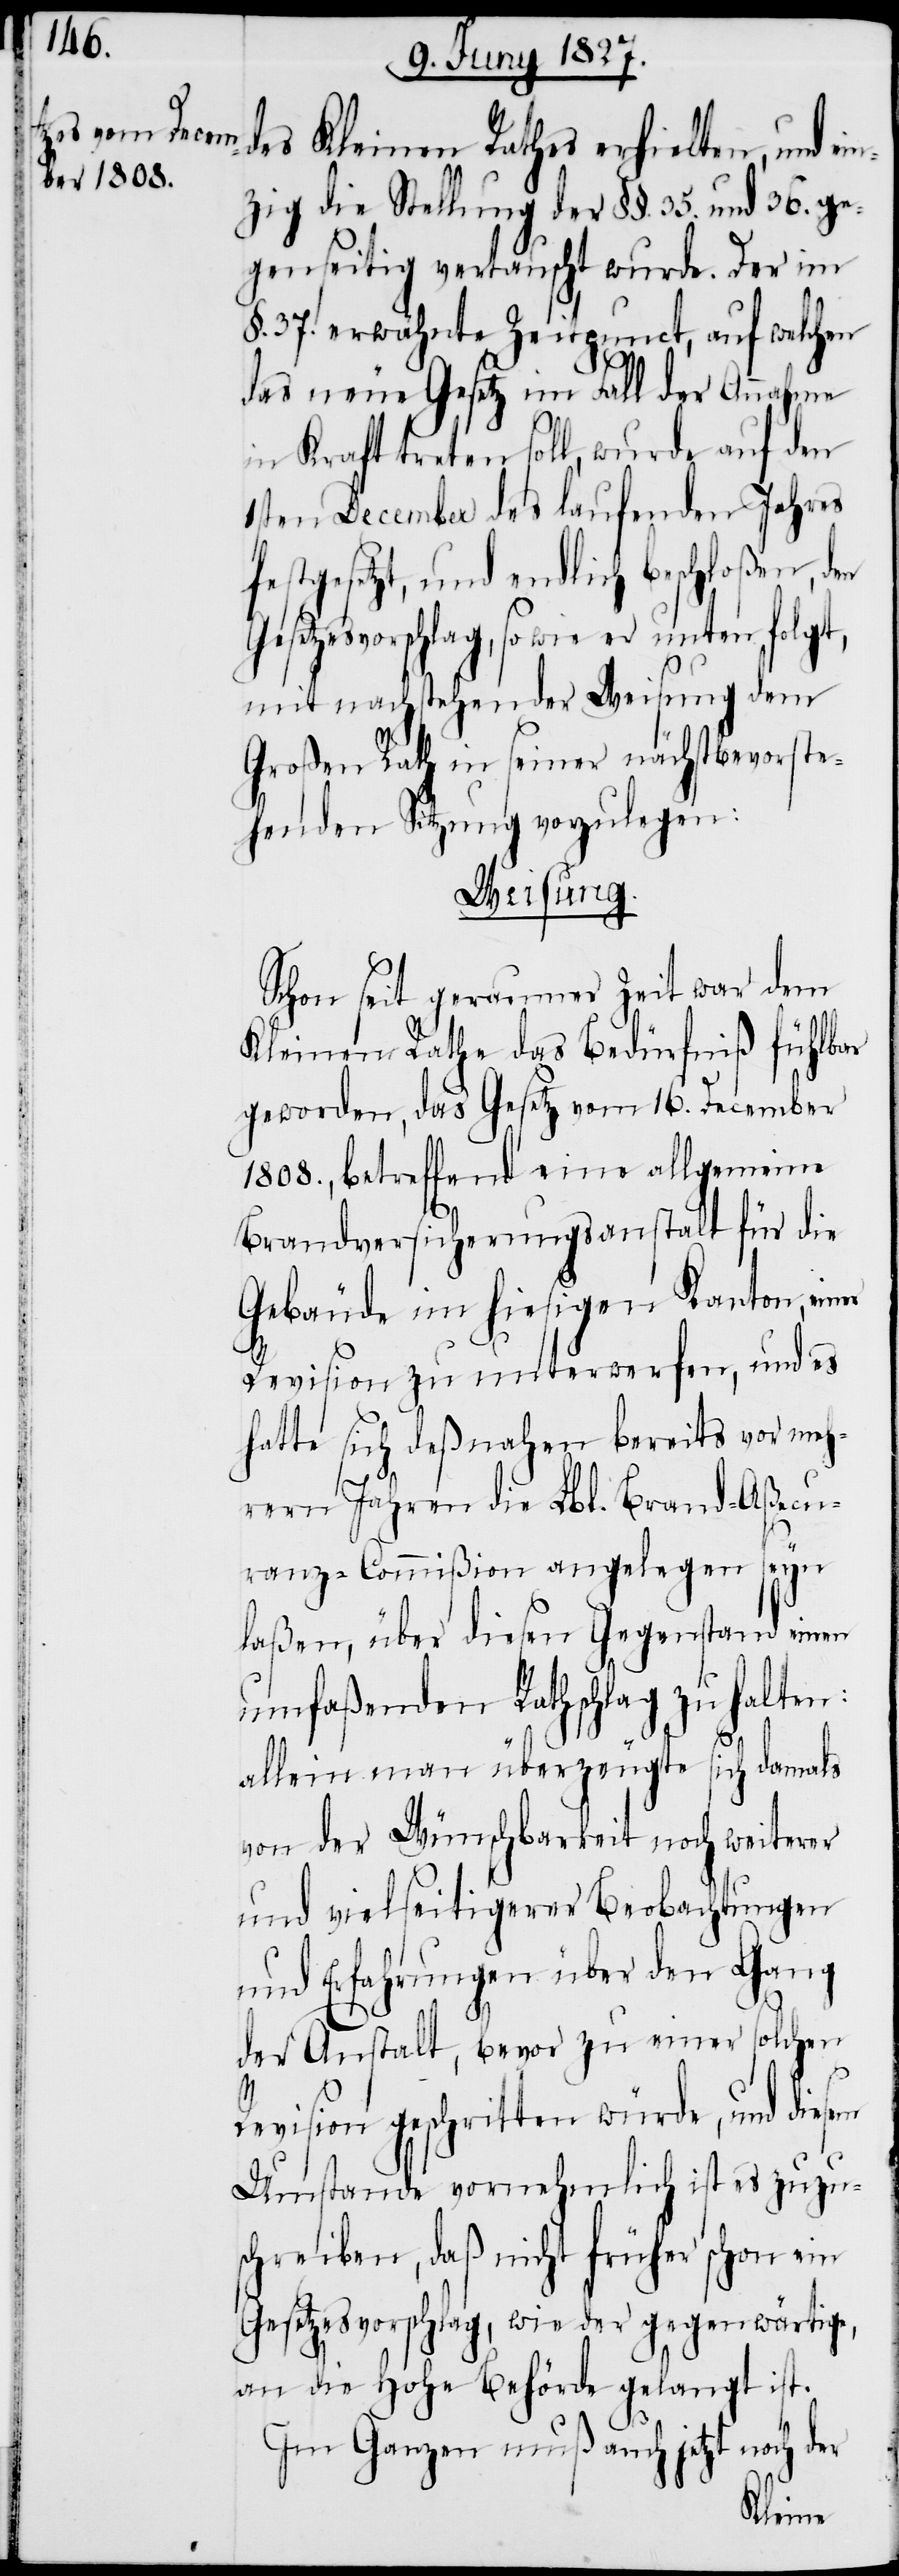
des Kleinen Rathes erhielten, und ei¬
nzig die Stellung der §§. 35. und 36. ge¬
genseitig vertauscht wurde. Der im
§. 37. erwähnte Zeitpunct, auf welchen
das neue Gesetz im Fall der Annahme
in Kraft treten soll, wurde auf den
1sten December des laufenden Jahres
festgesetzt, und endlich beschloßen, den
Gesetzesvorschlag, so wie er unten folgt,
mit nachstehender Weisung dem
Großen Rath in seiner nächstbevorste¬
henden Sitzung vorzulegen:
Weisung.
Schon seit geraumer Zeit war dem
Kleinen Rathe das Bedürfniß fühlbar
geworden, das Gesetz vom 16. December
1808., betreffend eine allgemeine
Brandversicherungsanstalt für die
Gebäude im hiesigen Kanton, einer
Revision zu unterwerfen, und es
hatte sich deßnahen bereits vor meh¬
rern Jahren die Lbl. Brand-Aßecu¬
ranz-Commißion angelegen seyn
laßen, über diesen Gegenstand einen
umfaßenden Rathschlag zu halten:
allein man überzeugte sich damals
von der Wünschbarkeit noch weiterer
und vielseitigerer Beobachtungen
und Erfahrungen über den Gang
der Anstalt, bevor zu einer solchen
Revision geschritten würde, und diesem
Umstande vornehmlich ist es zuzu¬
schreiben, daß nicht früher schon ein
Gesetzesvorschlag, wie der gegenwärtige,
an die Hohe Behörde gelangt ist.
Im Ganzen muß auch jetzt noch der